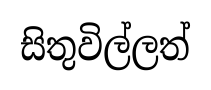
සිතුවිල්ලත්